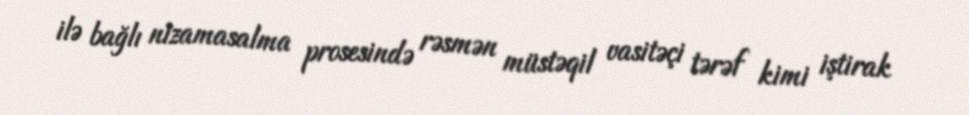
ilə bağlı nizamasalma prosesində rəsmən müstəqil vasitəçi tərəf kimi iştirak